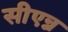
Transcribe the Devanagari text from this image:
सीएन्न